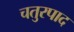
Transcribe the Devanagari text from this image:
चतुरपाद